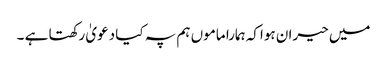
میں حیران ہواکہ ہمارا ماموں ہم پہ کیا دعویٰ رکھتا ہے ۔